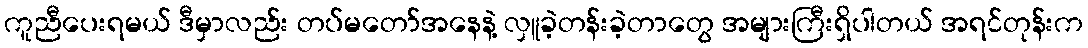
ကူညီပေးရမယ် ဒီမှာလည်း တပ်မတော်အနေနဲ့ လှူခဲ့တန်းခဲ့တာတွေ အများကြီးရှိပါတယ် အရင်တုန်းက